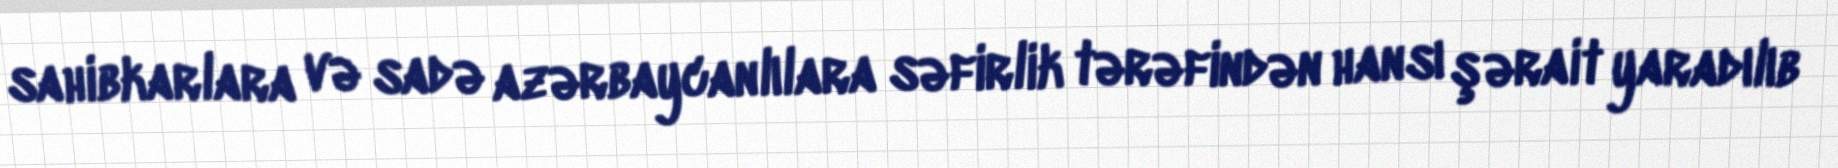
sahibkarlara və sadə azərbaycanlılara səfirlik tərəfindən hansı şərait yaradılıb